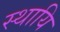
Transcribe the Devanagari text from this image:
स्थायि